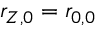
r _ { Z , 0 } = r _ { 0 , 0 }